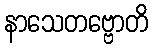
နာသေတဗ္ဗောတိ